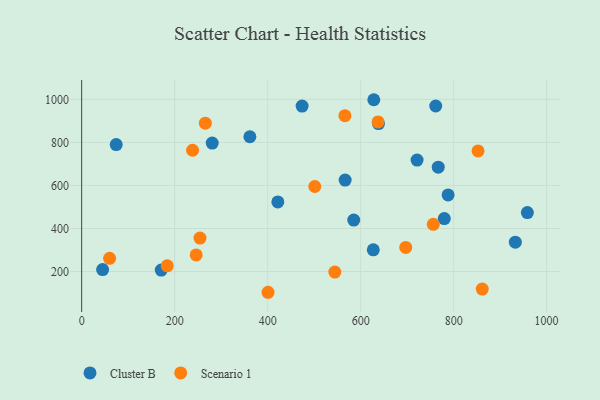
{"axis": {"x": "Price", "y": "Rating"}, "legend": ["Cluster B", "Scenario 1"], "data": [{"x": "761.5", "y": 969.0, "type": "Cluster B"}, {"x": "474.1", "y": 968.6, "type": "Cluster B"}, {"x": "361.8", "y": 826.2, "type": "Cluster B"}, {"x": "638.4", "y": 887.3, "type": "Cluster B"}, {"x": "280.8", "y": 796.9, "type": "Cluster B"}, {"x": "74.3", "y": 789.8, "type": "Cluster B"}, {"x": "788.1", "y": 555.8, "type": "Cluster B"}, {"x": "45.1", "y": 209.0, "type": "Cluster B"}, {"x": "721.4", "y": 717.7, "type": "Cluster B"}, {"x": "958.6", "y": 473.9, "type": "Cluster B"}, {"x": "585.2", "y": 439.3, "type": "Cluster B"}, {"x": "627.2", "y": 300.9, "type": "Cluster B"}, {"x": "766.9", "y": 684.8, "type": "Cluster B"}, {"x": "779.9", "y": 446.0, "type": "Cluster B"}, {"x": "566.7", "y": 625.1, "type": "Cluster B"}, {"x": "628.3", "y": 998.1, "type": "Cluster B"}, {"x": "932.7", "y": 336.6, "type": "Cluster B"}, {"x": "421.9", "y": 523.3, "type": "Cluster B"}, {"x": "171.2", "y": 206.6, "type": "Cluster B"}, {"x": "238.5", "y": 763.4, "type": "Scenario 1"}, {"x": "852.5", "y": 760.5, "type": "Scenario 1"}, {"x": "400.9", "y": 103.7, "type": "Scenario 1"}, {"x": "266.0", "y": 889.3, "type": "Scenario 1"}, {"x": "544.5", "y": 197.3, "type": "Scenario 1"}, {"x": "566.2", "y": 923.9, "type": "Scenario 1"}, {"x": "756.2", "y": 419.5, "type": "Scenario 1"}, {"x": "60.1", "y": 261.3, "type": "Scenario 1"}, {"x": "637.5", "y": 894.8, "type": "Scenario 1"}, {"x": "254.5", "y": 355.6, "type": "Scenario 1"}, {"x": "501.4", "y": 595.0, "type": "Scenario 1"}, {"x": "697.0", "y": 311.9, "type": "Scenario 1"}, {"x": "861.5", "y": 118.4, "type": "Scenario 1"}, {"x": "246.3", "y": 277.3, "type": "Scenario 1"}, {"x": "184.0", "y": 226.4, "type": "Scenario 1"}]}